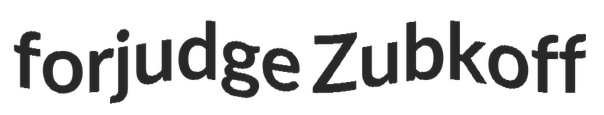
forjudge Zubkoff